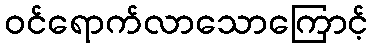
ဝင်ရောက်လာသောကြောင့်